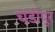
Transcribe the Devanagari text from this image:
चंडीपूर